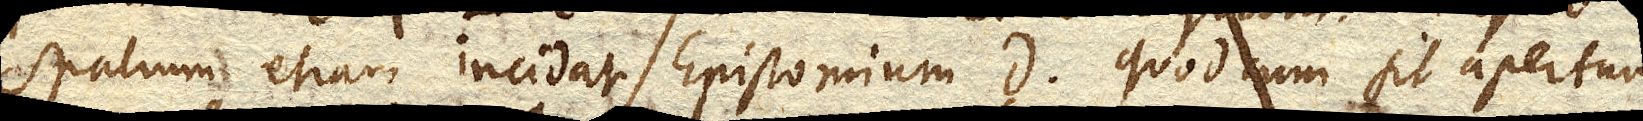
spatium etiam incidat Epistomium D. quod cum sit apertum